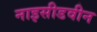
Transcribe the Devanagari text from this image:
नाइसीडवीन